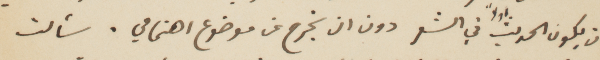
ان يكون الحديث أولًأ في الشعر دون ان يخرج عن موضوع اهتمامي، سألت